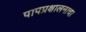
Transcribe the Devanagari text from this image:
पापप्रक्षालनाचा